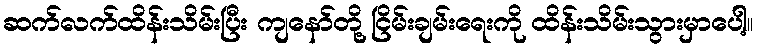
ဆက်လက်ထိန်းသိမ်းပြီး ကျနော်တို့ ငြိမ်းချမ်းရေးကို ထိန်းသိမ်းသွားမှာပေါ့။